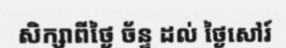
សិក្សាពីថ្ងៃ ច័ន្ទ ដល់ ថ្ងៃសៅរ៍